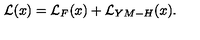
{ \cal { L } } ( x ) = { \cal L } _ { F } ( x ) + { \cal L } _ { Y M - H } ( x ) .